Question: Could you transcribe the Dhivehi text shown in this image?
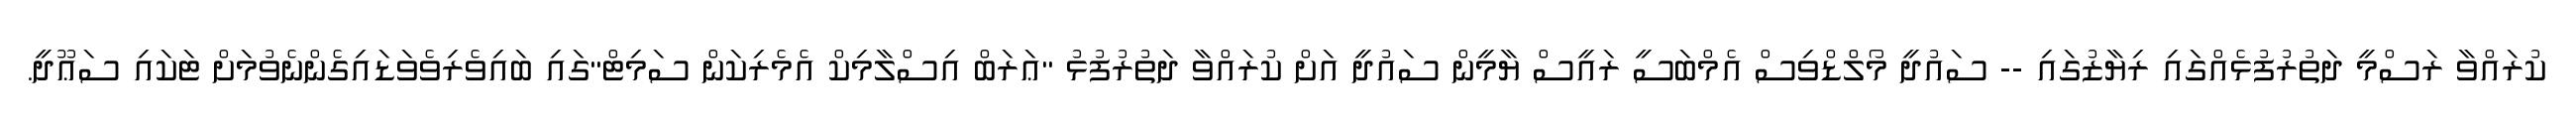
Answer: ކުރައްވާ ރަސްމީ ދަތުރުފުޅެއްގައި ރިޔާޒުގައި -- ސައުދީ މޯލްޑްވިސް އެމްބަސީ ރައީސް ޔާމީން ސައުދީ އަށް ކުރައްވާ ދަތުރުފުޅު "ޢަރަބް އިސްލާމިކް އެމެރިކަން ސަމިޓް"ގައި ބައިވެރިވެވަޑައިގެންނެވުމަށް ޓަކައި ސަޢޫދީ.